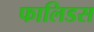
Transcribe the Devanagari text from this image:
फालिडस